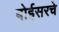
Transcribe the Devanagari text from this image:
बोईसरचे